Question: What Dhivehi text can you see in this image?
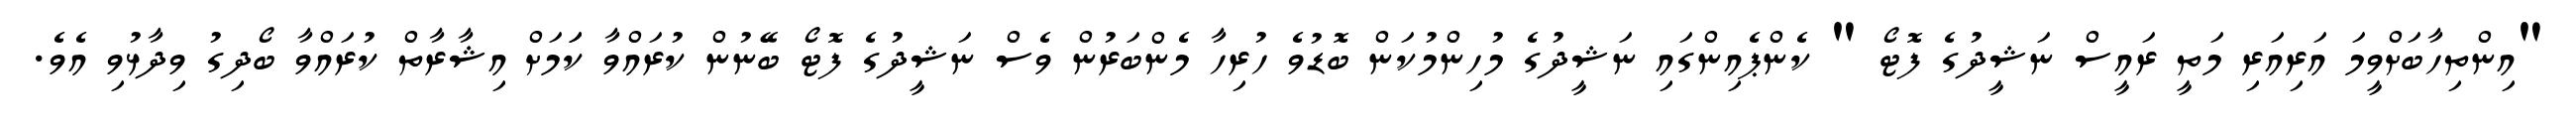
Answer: "އިންތިހާބަށްވީމަ އަރިއަރި މަތީ ރައީސް ނަޝީދުގެ ފޮޓޯ " ކެންޕެއިންގައި ނަޝީދުގެ މުހިންމުކަން ބޮޑުވެ ހުރިހާ މެންބަރުން ވެސް ނަޝީދުގެ ފޮޓޯ ބޭނުން ކުރައްވާ ކަަމަށް އިޝާރާތް ކުރައްވާ ބޯދިގު ވިދާޅުވި އެވެ.